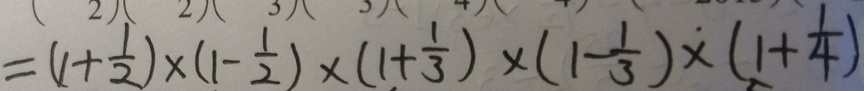
= ( 1 + \frac { 1 } { 2 } ) \times ( 1 - \frac { 1 } { 2 } ) \times ( 1 + \frac { 1 } { 3 } ) \times ( 1 - \frac { 1 } { 3 } ) \times ( 1 + \frac { 1 } { 4 } )